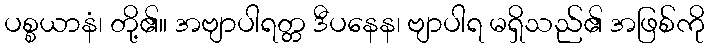
ပစ္စယာနံ၊ တို့၏။ အဗျာပါရတ္တ ဒီပနေန၊ ဗျာပါရ မရှိသည်၏ အဖြစ်ကို